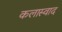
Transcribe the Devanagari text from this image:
कलास्वाद